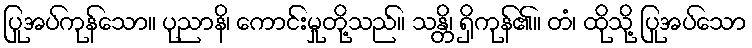
ပြုအပ်ကုန်သော။ ပုညာနိ၊ ကောင်းမှုတို့သည်။ သန္တိ၊ ရှိကုန်၏။ တံ၊ ထိုသို့ ပြုအပ်သော